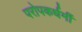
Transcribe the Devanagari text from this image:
परोपकर्धर्मी